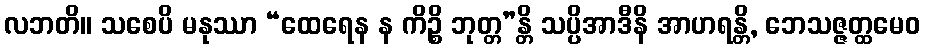
လဘတိ။ သစေပိ မနုဿာ “ထေရေန န ကိဉ္စိ ဘုတ္တ”န္တိ သပ္ပိအာဒီနိ အာဟရန္တိ, ဘေသဇ္ဇတ္ထမေဝ